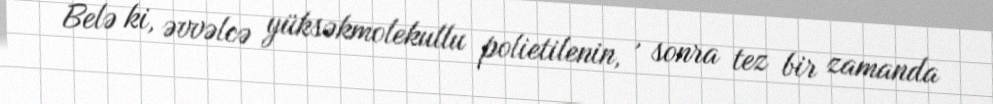
Belə ki, əvvəlcə yüksəkmolekullu polietilenin, , sonra tez bir zamanda